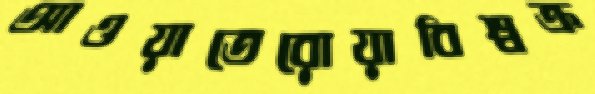
আওয়াতেরোয়াবিশ্বক্র